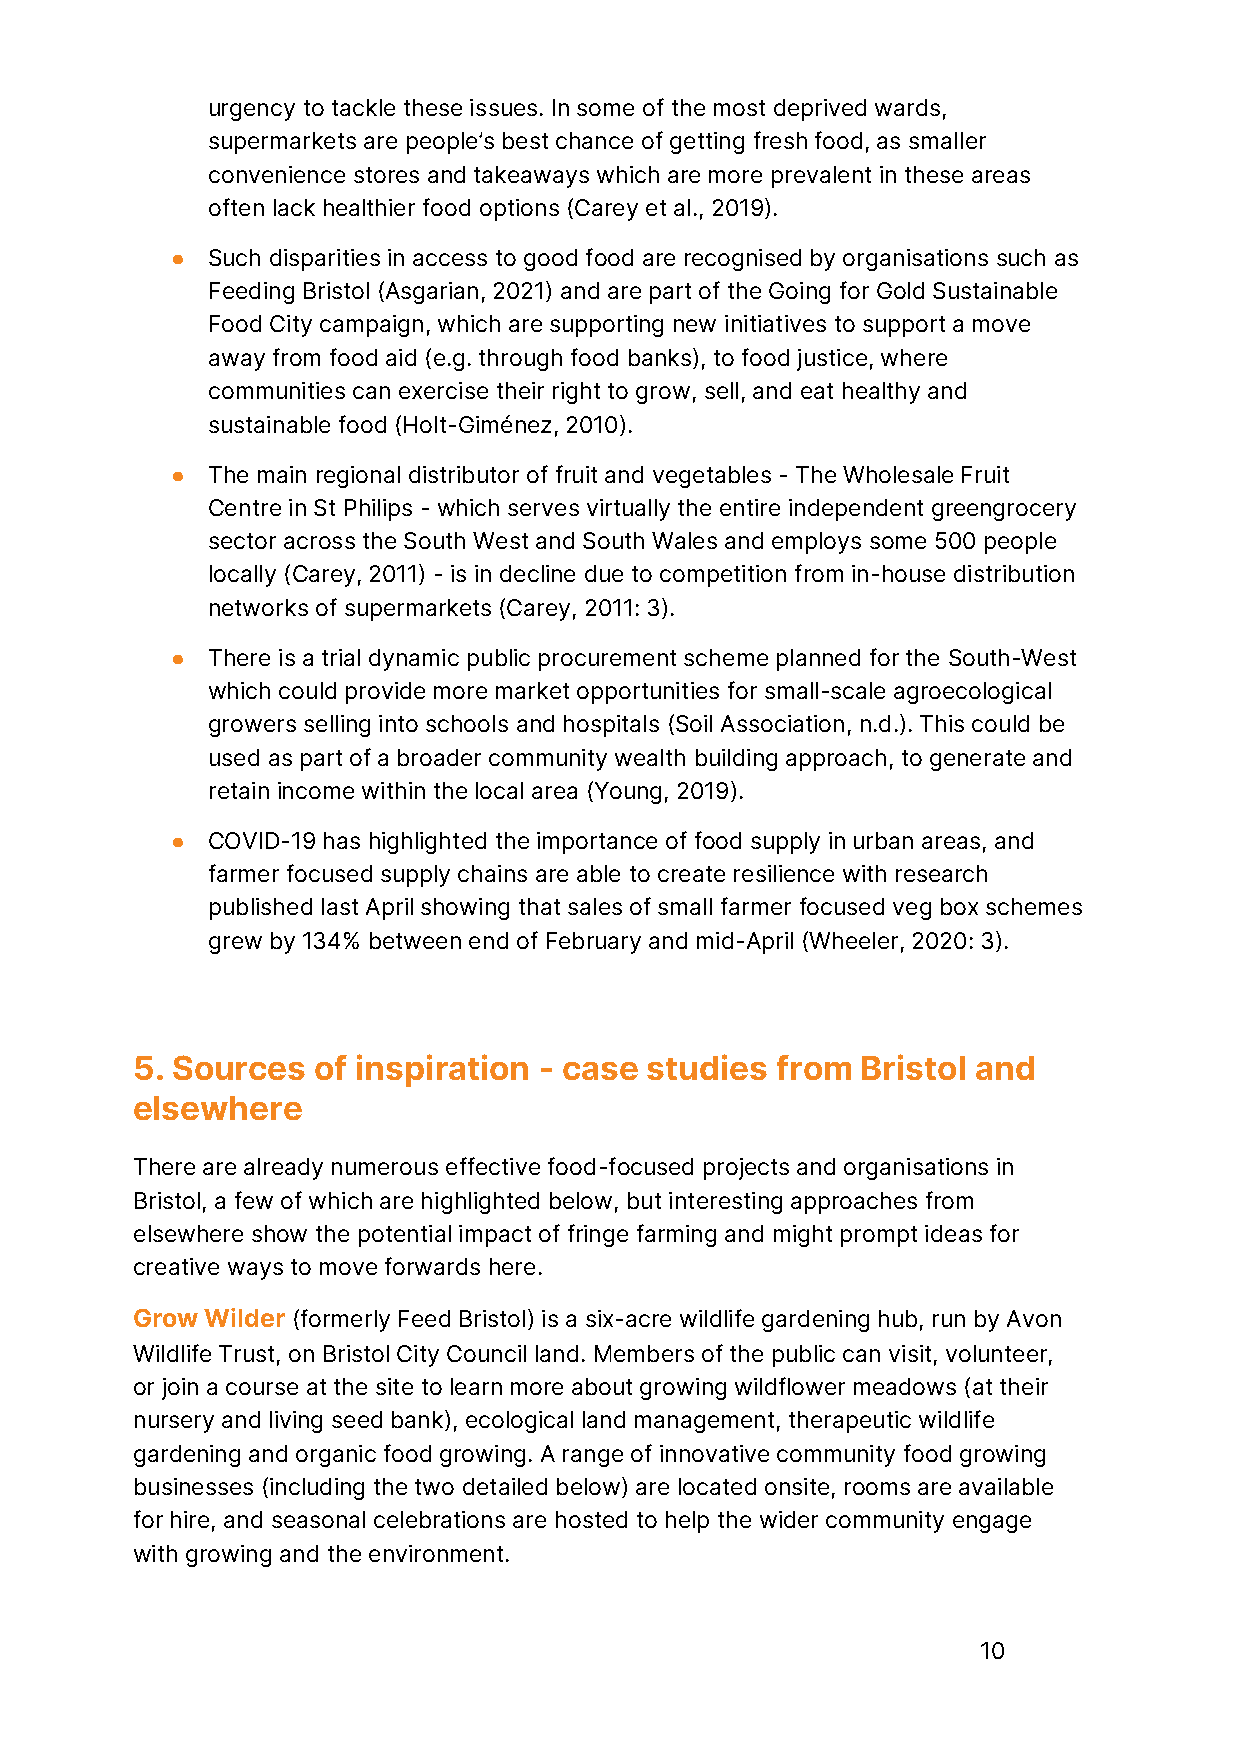
urgency to tackle these issues. In some of the most deprived wards,
 supermarkets are people’s best chance of getting fresh food, as smaller
 convenience stores and takeaways which are more prevalent in these areas
 often lack healthier food options (Carey et al., 2019).
 ●  Such disparities in access to good food are recognised by organisations such as
 Feeding Bristol (Asgarian, 2021) and are part of the Going for Gold Sustainable
 Food City campaign, which are supporting new initiatives to support a move
 away from food aid (e.g. through food banks), to food justice, where
 communities can exercise their right to grow, sell, and eat healthy and
 sustainable food (Holt-Giménez, 2010).
 ●  The main regional distributor of fruit and vegetables - The Wholesale Fruit
 Centre in St Philips - which serves virtually the entire independent greengrocery
 sector across the South West and South Wales and employs some 500 people
 locally (Carey, 2011) - is in decline due to competition from in-house distribution
 networks of supermarkets (Carey, 2011: 3).
 ●  There is a trial dynamic public procurement scheme planned for the South-West
 which could provide more market opportunities for small-scale agroecological
 growers selling into schools and hospitals (Soil Association, n.d.). This could be
 used as part of a broader community wealth building approach, to generate and
 retain income within the local area (Young, 2019).
 ●  COVID-19 has highlighted the importance of food supply in urban areas, and
 farmer focused supply chains are able to create resilience with research
 published last April showing that sales of small farmer focused veg box schemes
 grew by 134% between end of February and mid-April (Wheeler, 2020: 3).
 5. Sources  of inspiration - case studies from  Bristol and
 elsewhere
 There are already numerous effective food-focused projects and organisations in
 Bristol, a few of which are highlighted below, but interesting approaches from
 elsewhere show the potential impact of fringe farming and might prompt ideas for
 creative ways to move forwards here.
 Grow Wilder (formerly Feed Bristol) is a six-acre wildlife gardening hub, run by Avon
 Wildlife Trust, on Bristol City Council land. Members of the public can visit, volunteer,
 or join a course at the site to learn more about growing wildflower meadows (at their
 nursery and living seed bank), ecological land management, therapeutic wildlife
 gardening and organic food growing. A range of innovative community food growing
 businesses (including the two detailed below) are located onsite, rooms are available
 for hire, and seasonal celebrations are hosted to help the wider community engage
 with growing and the environment.
 10